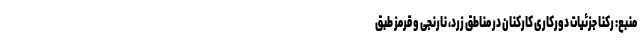
منبع: رکنا جزئیات دورکاری کارکنان در مناطق زرد، نارنجی و قرمز طبق